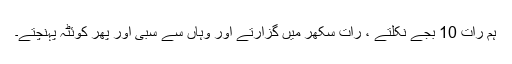
ہم رات 10 بجے نکلتے ، رات سکھر میں گزارتے اور وہاں سے سبی اور پھر کوئٹہ پہنچتے۔